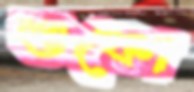
শুকো